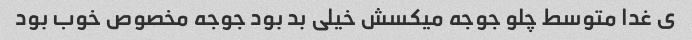
ی غدا متوسط چلو جوجه میکسش خیلی بد بود جوجه مخصوص خوب بود